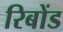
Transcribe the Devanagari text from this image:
रिबोंड